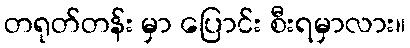
တရုတ်တန်း မှာ ပြောင်း စီးရမှာလား။